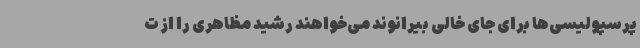
پرسپولیسی‌ها برای جای خالی بیرانوند می‌خواهند رشید مظاهری را از ت